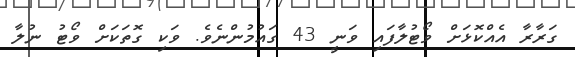
ގަރާރާ އެއްކޮޅަށް ވޯޓުލާފައި ވަނީ 43 ގައުމުންނެވެ. ވަކި ގޮތަކަށް ވޯޓު ނުލާ